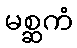
မစ္ဆကံ